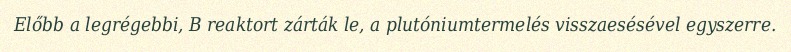
Előbb a legrégebbi, B reaktort zárták le, a plutóniumtermelés visszaesésével egyszerre.